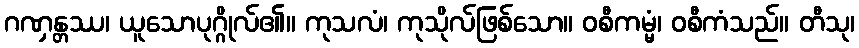
ဂဏှန္တဿ၊ ယူသောပုဂ္ဂိုလ်၏။ ကုသလံ၊ ကုသိုလ်ဖြစ်သော။ ဝစီကမ္မံ၊ ဝစီကံသည်။ တီသု၊